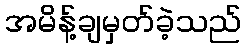
အမိန့်ချမှတ်ခဲ့သည်